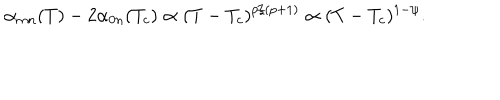
LaTeX: \alpha _ { m n } ( T ) - 2 \alpha _ { 0 n } ( T _ { c } ) \propto ( T - T _ { c } ) ^ { p / ( p + 1 ) } \propto ( T - T _ { c } ) ^ { 1 - \psi } .